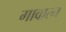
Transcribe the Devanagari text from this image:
गावात्न